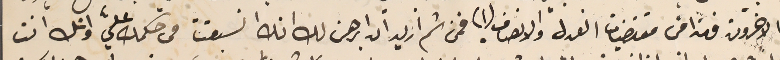
الاخرون فهذا من مقتضيات العدل والانصاف (١) فمن ثم اريد ان ابرهن لك انك انسبقت فى حكمك عليّ وانك انت